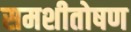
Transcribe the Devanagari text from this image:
समशीतोषण